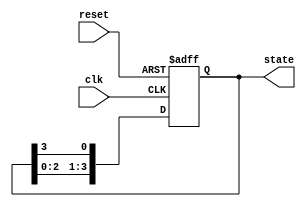
module ring_counter (
    input wire clk,         // Clock input
    input wire reset,       // Asynchronous reset input
    output reg [N-1:0] state // Output state
);
    parameter N = 4;       // Number of flip-flops (change as needed)

    // Register to hold the current state of the ring counter
    reg [N-1:0] next_state;

    // Sequential logic: Update state on clock edge
    always @(posedge clk or posedge reset) begin
        if (reset) begin
            // On reset, set state to 0001
            state <= 1'b1; // Start with the first flip-flop set to '1'
        end else begin
            // Update the state to circulate the '1' bit
            state <= next_state;
        end
    end

    // Combinational logic: Determine the next state
    always @(*) begin
        next_state = {state[N-2:0], state[N-1]}; // Shift left
    end
endmodule